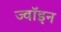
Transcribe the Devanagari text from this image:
ज्‍वॉइन